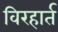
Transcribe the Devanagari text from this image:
विरहार्त